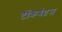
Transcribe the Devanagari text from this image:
टॅकिबॅप्टस